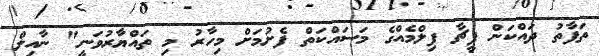
ތަފާތު ދައްކަން ފީޗާ ފިލްމެއްގެ މަސައްކަތް ފެށުމަށް މިހާރު މި ތައްޔާރުވަނީ" ނާއިލް